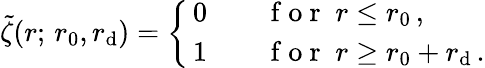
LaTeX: \tilde{\zeta}(r;\, r_{0},r_{\mathrm{d}})=\left\{ \begin{array}{ll}{\, 0}&{\quad\mathrm{~f~o~r~}\; r\leq r_{0}\, ,}\\ {\, 1}&{\quad\mathrm{~f~o~r~}\; r\geq r_{0}+r_{\mathrm{d}}\, .}\end{array}\right.